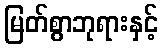
မြတ်စွာဘုရားနှင့်